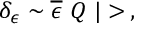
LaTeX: \delta _ { \epsilon } \sim \overline { { { \epsilon } } } \ Q \ | > \, ,